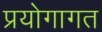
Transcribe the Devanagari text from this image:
प्रयोगागत